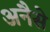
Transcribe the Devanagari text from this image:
अनैसे